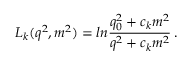
L _ { k } ( q ^ { 2 } , m ^ { 2 } ) = l n \frac { q _ { 0 } ^ { 2 } + c _ { k } m ^ { 2 } } { q ^ { 2 } + c _ { k } m ^ { 2 } } \, .